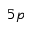
5 p